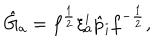
\hat { G } _ { a } = f ^ { \frac { 1 } { 2 } } \xi _ { a } ^ { i } \hat { p } _ { i } f ^ { - { \frac { 1 } { 2 } } } ,